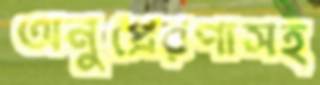
অনুপ্রেরণাসহ